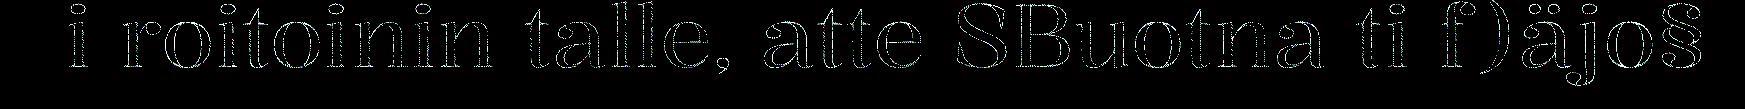
i roitoinin talle, atte SBuotna ti f)äjo§